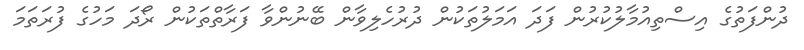
ދުންފަތުގެ އިސްތިއުމާލުކުރުން ފަދަ އަމަލުތަކުން ދުރުހެލިވާން ބޭނުންވާ ފަރާތްތަކުން ރޯދަ މަހުގެ ފުރަތަމަ